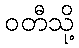
ဝတီသို့